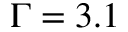
\Gamma = 3 . 1